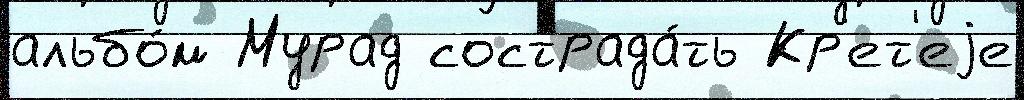
альбо́м Мурад сострада́ть Кр'ет'еjе